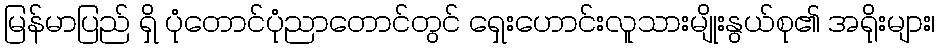
မြန်မာပြည် ရှိ ပုံတောင်ပုံညာတောင်တွင် ရှေးဟောင်းလူသားမျိုးနွယ်စု၏ အရိုးများ၊